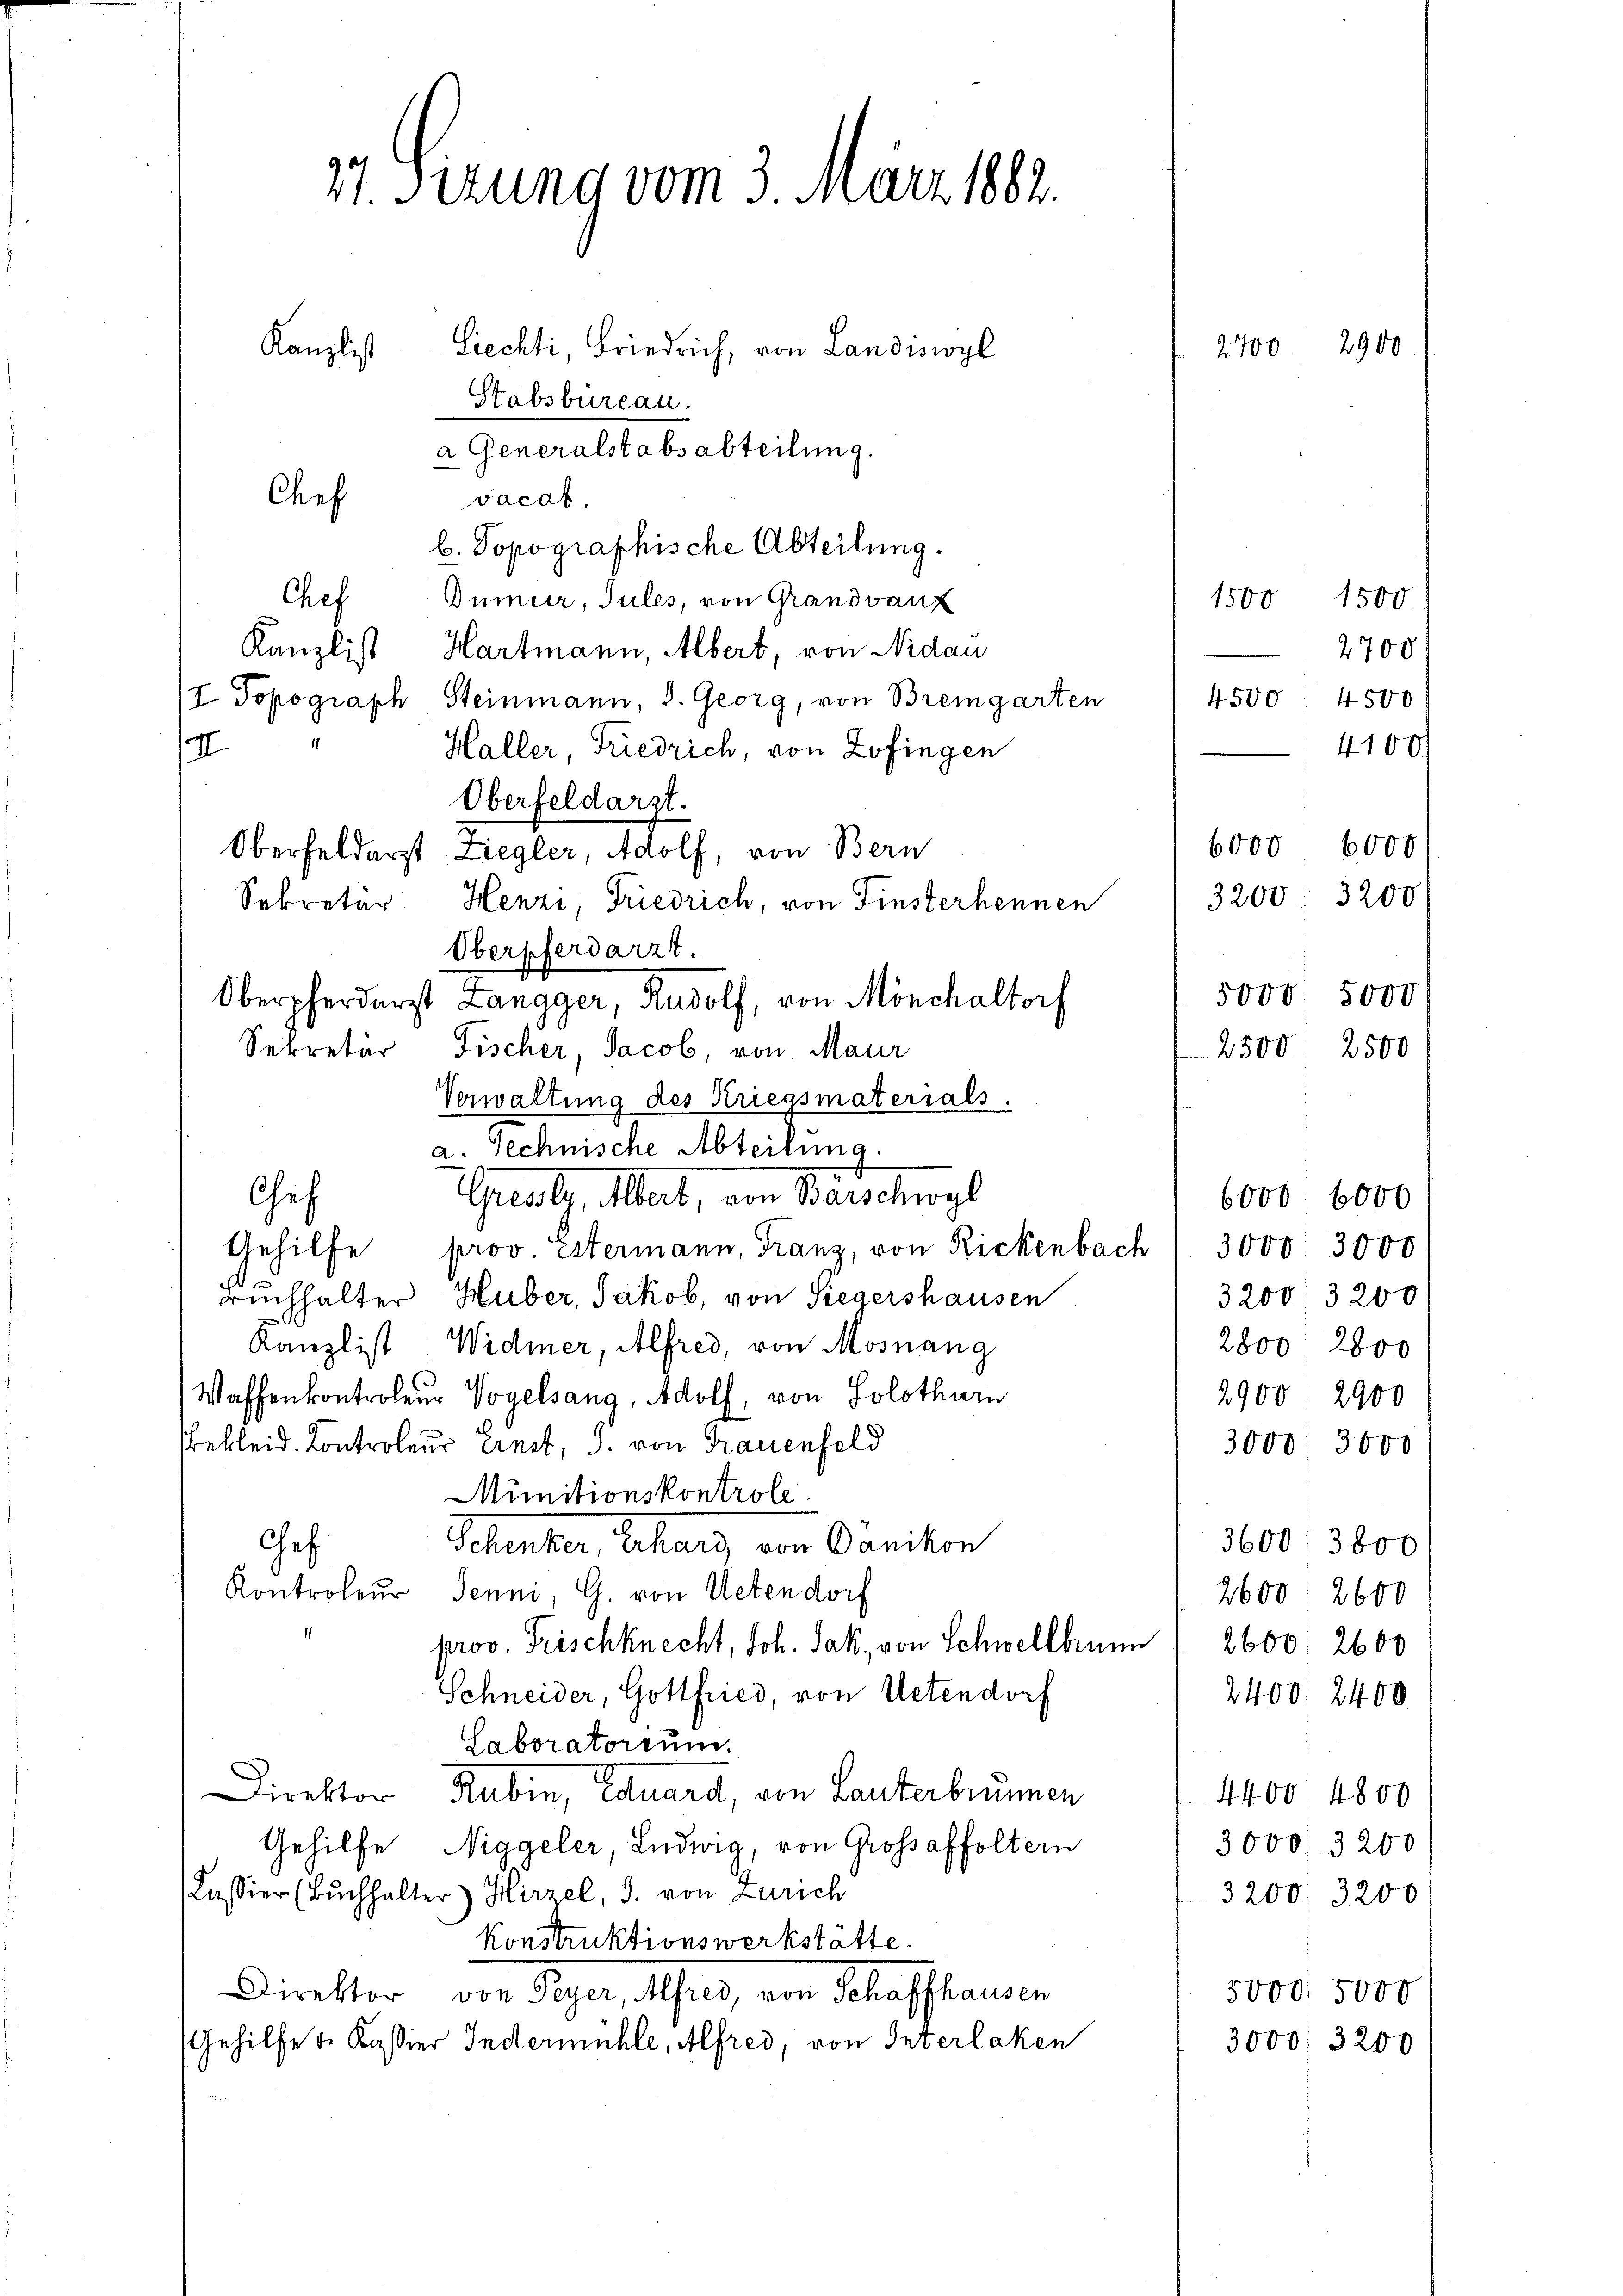
17. Sizung vom 3. März 1882.
Kanzlist
Siechti, Friedrich, von Landiswyl
Stabsbureau.

a Generalstabsabteilung.
Chef
vocat,
b. Topographische Abteilung.
Chef Gumer, Jules, von Grandvauf
Kanzlist Hartmann, Albert, von Nidau
I Topograph Steinmann, d. Georg, von Bremgarten
e
Haller, Friedrich, von Zofingen
Oberfeldarzt.
Oberfeldarst Ziegler, Adolf, von Bern
Sekretär Henzi, Friedrich, von Finsterhennen
Oberpferdarzt.
Oberpferderst Langger, Rudolf, von Mönchaltorf
Sekretär Fischer, Jacob, von Maur
Verwaltung des Kriegsmaterials.
a. Technische Abteilung.
Greser, Mert, von Barschwyl
Chef
Gehilfe prov. Estermann, Franz, von Rickenbach " 3000 3000
Buchhalter Huber, Jakob, von Siegershausen
3200. 3200
Kanzlist Widmer, Alfred, von Mosnang
2800 2800
Waffenkontroleur Vogelsang, Adolf, von Solothurn
2900 2900
sbekleid. Kontroleur Ernst, J. von Frauenfeld
3000. 3000
Munitionskontrole.
Chef.
Scheinter, Lehrer von Parikon
3600. 3800
Kontroleur Jenni G. von Uetendorf
2600 2600
prov. Frischknecht, Joh. Jak. von Schwellbrunn
2600. 2600
Schneider, Gottfried, von Uetendorf
2400. 2400
Laboratorium.
Direktor Rubin, Eduard, von Lanterbrunnen
4400 4800
Gehilfe, Niggeler, Ludwig, von Grossaffoltern
3000. 3200
Kassier (Buchhalter) Hirzel, J. von Zürich
3200. 3200
konstruktionswerkstätte.
Direktor, von Aeger, Scher, von Belasstamen
5000. 5000
Gehilfe u. Kassier Indermühle, Alfred, von Interlaken
3000. 3200

2700. 2900

4500

6000 6000
3200. 3200

2500 2500

5000. 5000

2700
4500
4100.

1500 1500.

6000 6000